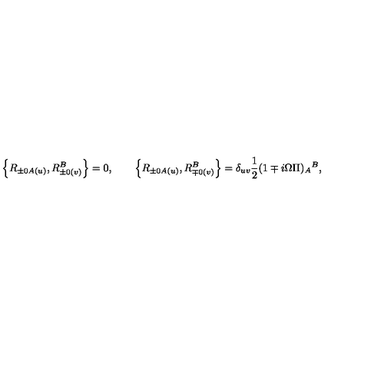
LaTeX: \left\{ R _ { \pm 0 A ( u ) } , R _ { \pm 0 ( v ) } ^ { B } \right\} = 0 , \qquad \left\{ R _ { \pm 0 A ( u ) } , R _ { \mp 0 ( v ) } ^ { B } \right\} = \delta _ { u v } \frac { 1 } { 2 } ( 1 \mp i \Omega \Pi ) _ { A } { } ^ { B } ,